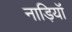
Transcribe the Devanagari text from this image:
नाड़ियॉं